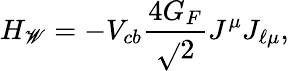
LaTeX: H_{\mathscr{W}}=-V_{cb}\frac{{4G_{F}}}{{\sqrt{}{2}}}J^{\mu}J_{\ell\mu},